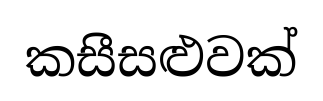
කසීසළුවක්